Civil Veterinary Department. Madras. Admin. report 1926-33 - 1926-1933
Year: 1926
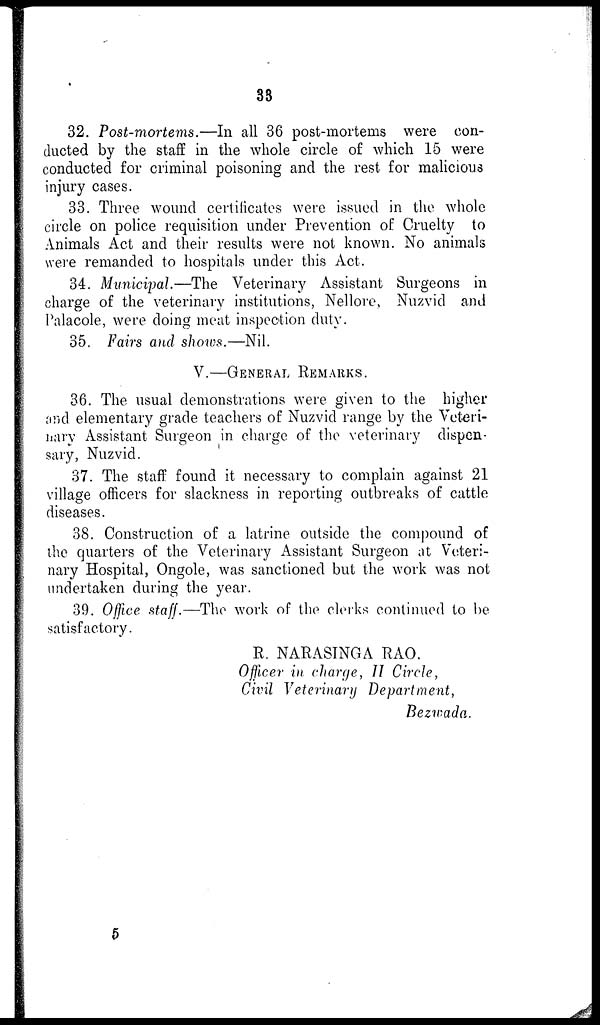
33
32. Post-mortems.—In all 36 post-mortems were con-
ducted by the staff in the whole circle of which 15 were
conducted for criminal poisoning and the rest for malicious
injury cases.
33. Three wound certificates were issued in the whole
circle on police requisition under Prevention of Cruelty to
Animals Act and their results were not known. No animals
were remanded to hospitals under this Act.
34. Municipal.—The Veterinary Assistant Surgeons in
charge of the veterinary institutions, Nellore, Nuzvid and
Palacole, were doing meat inspection duty.
35. Fairs and shows.—Nil.
V.—GENERAL REMARKS.
36. The usual demonstrations were given to the higher
and elementary grade teachers of Nuzvid range by the Veteri-
nary Assistant Surgeon in charge of the veterinary dispen-
sary, Nuzvid.
37. The staff found it necessary to complain against 21
village officers for slackness in reporting outbreaks of cattle
diseases.
38. Construction of a latrine outside the compound of
the quarters of the Veterinary Assistant Surgeon at Veteri-
nary Hospital, Ongole, was sanctioned but the work was not
undertaken during the year.
39. Office staff.—The work of the clerks continued to be
satisfactory.
R. NARASINGA RAO.
Officer in charge, II Circle,
Civil Veterinary Department,
Bezwada.
5